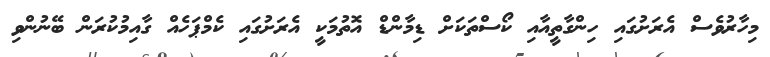
މިހާރުވެސް އެރަށުގައި ހިންގާތީއާއި ކޯސްތަކަށް ޑިމާންޑް އޮތުމަކީ އެރަށުގައި ކެމްޕަހެއް ގާއިމުކުރަން ބޭނުންވި